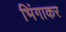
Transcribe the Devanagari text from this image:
भिंगाकर